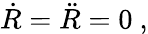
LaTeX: {\dot{R}}={\ddot{R}}=0\ ,